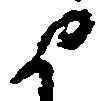
よ